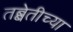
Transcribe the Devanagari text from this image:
तब्बेतीच्या